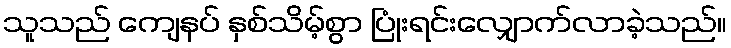
သူသည် ကျေနပ် နှစ်သိမ့်စွာ ပြုံးရင်းလျှောက်လာခဲ့သည်။